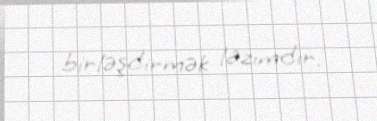
birləşdirmək lazımdır.